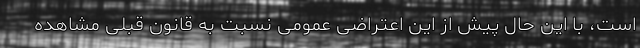
است، با این حال پیش از این اعتراضی عمومی نسبت به قانون قبلی مشاهده